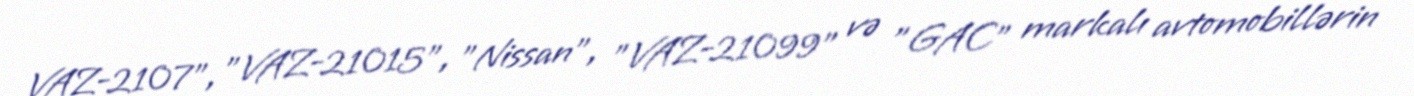
VAZ-2107", "VAZ-21015", "Nissan", "VAZ-21099" və "GAC" markalı avtomobillərin